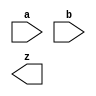

////////////////////////////////////////////////////////////////////////////////
//
//       This confidential and proprietary software may be used only
//     as authorized by a licensing agreement from Synopsys Inc.
//     In the event of publication, the following notice is applicable:
//
//                    (C) COPYRIGHT 2008 - 2016 SYNOPSYS INC.
//                           ALL RIGHTS RESERVED
//
//       The entire notice above must be reproduced on all authorized
//     copies.
//
//
// VERSION:   Verilog Simulation Model for DW_ifp_mult
//
// DesignWare_version: 7ed42f1b
// DesignWare_release: K-2015.06-DWBB_201506.5.2
//
////////////////////////////////////////////////////////////////////////////////

//-----------------------------------------------------------------------------
//
// ABSTRACT: Floating-Point Multiplier - Internal format
//
//              DW_ifp_mult calculates the floating-point multiplication
//              while receiving and generating FP values in internal
//              FP format (no normalization).
//
//              parameters      valid values (defined in the DW manual)
//              ==========      ============
//              sig_widthi      significand size of the input,  2 to 253 bits
//              exp_widthi      exponent size of the input,     3 to 31 bits
//              sig_widtho      significand size of the output, 2 to 253 bits
//              exp_widtho      exponent size of the output,    3 to 31 bits
//
//              Input ports     Size & Description
//              ===========     ==================
//              a               (sig_widthi + exp_widthi + 7)-bits
//                              Internal Floating-point Number Input
//              b               (sig_widthi + exp_widthi + 7)-bits
//                              Internal Floating-point Number Input
//
//              Output ports    Size & Description
//              ===========     ==================
//              z               (sig_widtho + exp_widtho + 7)-bits
//                              Internal Floating-point Number Output
//
//-----------------------------------------------------------------------------

module DW_ifp_mult (a, b, z);

  parameter sig_widthi = 23;      // RANGE 2 TO 253
  parameter exp_widthi = 8;       // RANGE 3 TO 31
  parameter sig_widtho = 23;      // RANGE 2 TO 253
  parameter exp_widtho = 8;       // RANGE 3 TO 31

  input  [exp_widthi + sig_widthi + 6:0] a;
  input  [exp_widthi + sig_widthi + 6:0] b;
  output [exp_widtho + sig_widtho + 6:0] z;

  // synopsys translate_off

  //-------------------------------------------------------------------------
  // Parameter legality check
  //-------------------------------------------------------------------------
    
 
  initial begin : parameter_check
    integer param_err_flg;

    param_err_flg = 0;
    
      
    if ( (sig_widthi < 2) || (sig_widthi > 253) ) begin
      param_err_flg = 1;
      $display(
	"ERROR: %m :\n  Invalid value (%d) for parameter sig_widthi (legal range: 2 to 253)",
	sig_widthi );
    end
      
    if ( (exp_widthi < 3) || (exp_widthi > 31) ) begin
      param_err_flg = 1;
      $display(
	"ERROR: %m :\n  Invalid value (%d) for parameter exp_widthi (legal range: 3 to 31)",
	exp_widthi );
    end
      
    if ( (sig_widtho < sig_widthi) || (sig_widtho > 253) ) begin
      param_err_flg = 1;
      $display(
	"ERROR: %m :\n  Invalid value (%d) for parameter sig_widtho (legal range: sig_widthi to 253)",
	sig_widtho );
    end
      
    if ( (exp_widtho < exp_widthi) || (exp_widtho > 31) ) begin
      param_err_flg = 1;
      $display(
	"ERROR: %m :\n  Invalid value (%d) for parameter exp_widtho (legal range: exp_widthi to 31)",
	exp_widtho );
    end
    
    if ( param_err_flg == 1) begin
      $display(
        "%m :\n  Simulation aborted due to invalid parameter value(s)");
      $finish;
    end

  end // parameter_check 

  //-------------------------------------------------------------------------


`define DW_OlII0lOI (sig_widtho-1)
`define DW_OOIl0O01 (2*sig_widtho-1)
`define DW_lOI0111I exp_widtho
`define DW_I1I01IIl (exp_widtho-1)
  reg [7-1:0] I0111lO1;
  reg [7-1:0] OIO10OO0;
  reg [7-1:0] IlO1l1O1;
  reg [exp_widtho+sig_widtho+7-1:0] OIl11lO1;
  reg l1O10II0, l11lllOl, lO1I0I0O, IOIOOll0, l1IOO110, O10IIO1l, OI11O1Il, OO1lII11;
  reg I00O1O00;
  reg [`DW_I1I01IIl:0] llI101OI,OI10O10l;
  reg [`DW_lOI0111I:0] lOOOIOl1;
  reg signed [`DW_OOIl0O01:0] I00IOO0l;
  reg signed [`DW_OlII0lOI:0] OIOll01I;  
  reg signed [`DW_OlII0lOI:0] OOlO11O0;  
  reg l01O1I0l, l10I111O, l110l0lI;
  reg I1O11O01;
  reg OO1001Ol;
  reg [sig_widtho-sig_widthi:0] O1000OO0;
  reg [sig_widtho-sig_widthi:0] O1IOI0ll;
  reg O011OOOl, l1O0OOll;
  reg [exp_widtho:0] Ill0I10O;
  reg [exp_widtho:0] O1OI0IOl;
  reg [exp_widtho:0] I1OOII00;

  always @ (a or b)
  begin

  OIO10OO0 = a[sig_widthi+exp_widthi+7-1:sig_widthi+exp_widthi];
  IlO1l1O1 = b[sig_widthi+exp_widthi+7-1:sig_widthi+exp_widthi];
  l1O10II0 = OIO10OO0[2];
  l11lllOl = OIO10OO0[1];
  IOIOOll0 = OIO10OO0[3     ];
  l1IOO110 = IlO1l1O1[2];
  O10IIO1l = IlO1l1O1[1];
  OO1lII11 = IlO1l1O1[3     ];
  I1O11O01 = OIO10OO0[4];
  OO1001Ol = IlO1l1O1[4];
  O011OOOl = (OIO10OO0[6     ] & a[0]) |
              (I1O11O01 & a[sig_widthi-1]);
  l1O0OOll = (IlO1l1O1[6     ] & b[0]) |
              (OO1001Ol & b[sig_widthi-1]);
  O1000OO0 = {sig_widtho-sig_widthi+1{O011OOOl}};
  O1IOI0ll = {sig_widtho-sig_widthi+1{l1O0OOll}};
                   
  if (exp_widthi < exp_widtho) 
    begin
      llI101OI = {{exp_widtho-exp_widthi{1'b0}},a[sig_widthi+exp_widthi-1:sig_widthi]};
      OI10O10l = {{exp_widtho-exp_widthi{1'b0}},b[sig_widthi+exp_widthi-1:sig_widthi]};
    end
  else
    begin
      llI101OI = a[sig_widthi+exp_widthi-1:sig_widthi];  // same value
      OI10O10l = b[sig_widthi+exp_widthi-1:sig_widthi];
    end
  if (sig_widthi < sig_widtho)
    begin
      OIOll01I = $signed({a[sig_widthi-1:0],
                     O1000OO0[(sig_widtho-sig_widthi):1]});
      OOlO11O0 = $signed({b[sig_widthi-1:0],
                     O1IOI0ll[(sig_widtho-sig_widthi):1]});
    end
  else
    begin
      OIOll01I = $signed(a[sig_widthi-1:0]);
      OOlO11O0 = $signed(b[sig_widthi-1:0]);
    end
  lO1I0I0O = OIO10OO0[0] |
           (~l11lllOl & ~|OIOll01I);
  OI11O1Il = IlO1l1O1[0] |
           (~O10IIO1l & ~|OOlO11O0);
  if (lO1I0I0O == 1)
    llI101OI = 0;
  if (OI11O1Il == 1)
    OI10O10l = 0;

  I0111lO1 = 0;

  l01O1I0l = OIOll01I[`DW_OlII0lOI];
  l01O1I0l = ((lO1I0I0O | l11lllOl) & OIO10OO0[5     ]) |
            ((~(lO1I0I0O | l11lllOl)) & l01O1I0l);
  l10I111O = OOlO11O0[`DW_OlII0lOI];
  l10I111O = ((OI11O1Il | O10IIO1l) & IlO1l1O1[5     ]) |
            ((~(OI11O1Il | O10IIO1l)) & l10I111O);
  l110l0lI = l01O1I0l ^ l10I111O;

  if (l1O10II0 == 1 | l1IOO110 == 1)
    I0111lO1[2] = 1;
  if (l11lllOl == 1 || O10IIO1l == 1) 
    if (lO1I0I0O == 1 || OI11O1Il == 1)
      I0111lO1[2] = 1;
    else
      begin
        I0111lO1[1] = 1;
        I0111lO1[5     ] = l110l0lI;
      end
  if ( (lO1I0I0O == 1 || OI11O1Il == 1) &&
       I0111lO1 == 0)
    begin
      I0111lO1[0] = 1;
      I0111lO1[5     ] = l110l0lI;
      OIOll01I = 0;
      llI101OI = 0;
      OOlO11O0 = 0;
      OI10O10l = 0;
    end

  Ill0I10O = (1 << (exp_widthi-1))-1;
  O1OI0IOl = Ill0I10O;
  I1OOII00 = ~O1OI0IOl;

  I00IOO0l = (OIOll01I * OOlO11O0);   
  lOOOIOl1 = ({1'b0,llI101OI} + {1'b0,OI10O10l}) + I1OOII00 + 3;
  if (lOOOIOl1[`DW_lOI0111I] == 1'b1 && I0111lO1 == 0)
    begin
      // overflow  or underflow condition when output is a regular value
      // it is underflow when the input exponents are too small
      if (llI101OI[`DW_I1I01IIl] == 1'b1)
	lOOOIOl1 = {exp_widtho{1'b1}};
      else
	begin
	  I00IOO0l = {exp_widtho{1'b0}};
          I0111lO1[3     ] = 1'b1;
          I0111lO1[5     ] = l110l0lI;
        end
    end
  I00O1O00 = |I00IOO0l[`DW_OOIl0O01-sig_widtho:0] | IOIOOll0 | OO1lII11;
  I0111lO1[3     ] = I0111lO1[3     ] | I00O1O00;
  if (I0111lO1[2] == 0 &&
      (I0111lO1[0] == 1 ||
       I0111lO1[1] == 1))
    I0111lO1[5     ] = l110l0lI;
  OIl11lO1 = {I0111lO1, lOOOIOl1[exp_widtho-1:0], 
	    I00IOO0l[`DW_OOIl0O01:`DW_OOIl0O01-sig_widtho+1]};

  end
  
  //-------------------------------------------------------
  // Output Format
  //-------------------------------------------------------

  assign z =  ((^(a ^ a) !== 1'b0) || (^(b ^ b) !== 1'b0)) ?  
               {sig_widtho+exp_widtho+7-1{1'bx}} : OIl11lO1;
  
  `undef DW_OlII0lOI 
  `undef DW_OOIl0O01
  `undef DW_lOI0111I 
  `undef DW_I1I01IIl 

// synopsys translate_on
  
endmodule